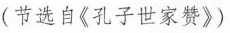
(节选自《孔子世家赞》)